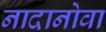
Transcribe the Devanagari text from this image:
नादानोवा